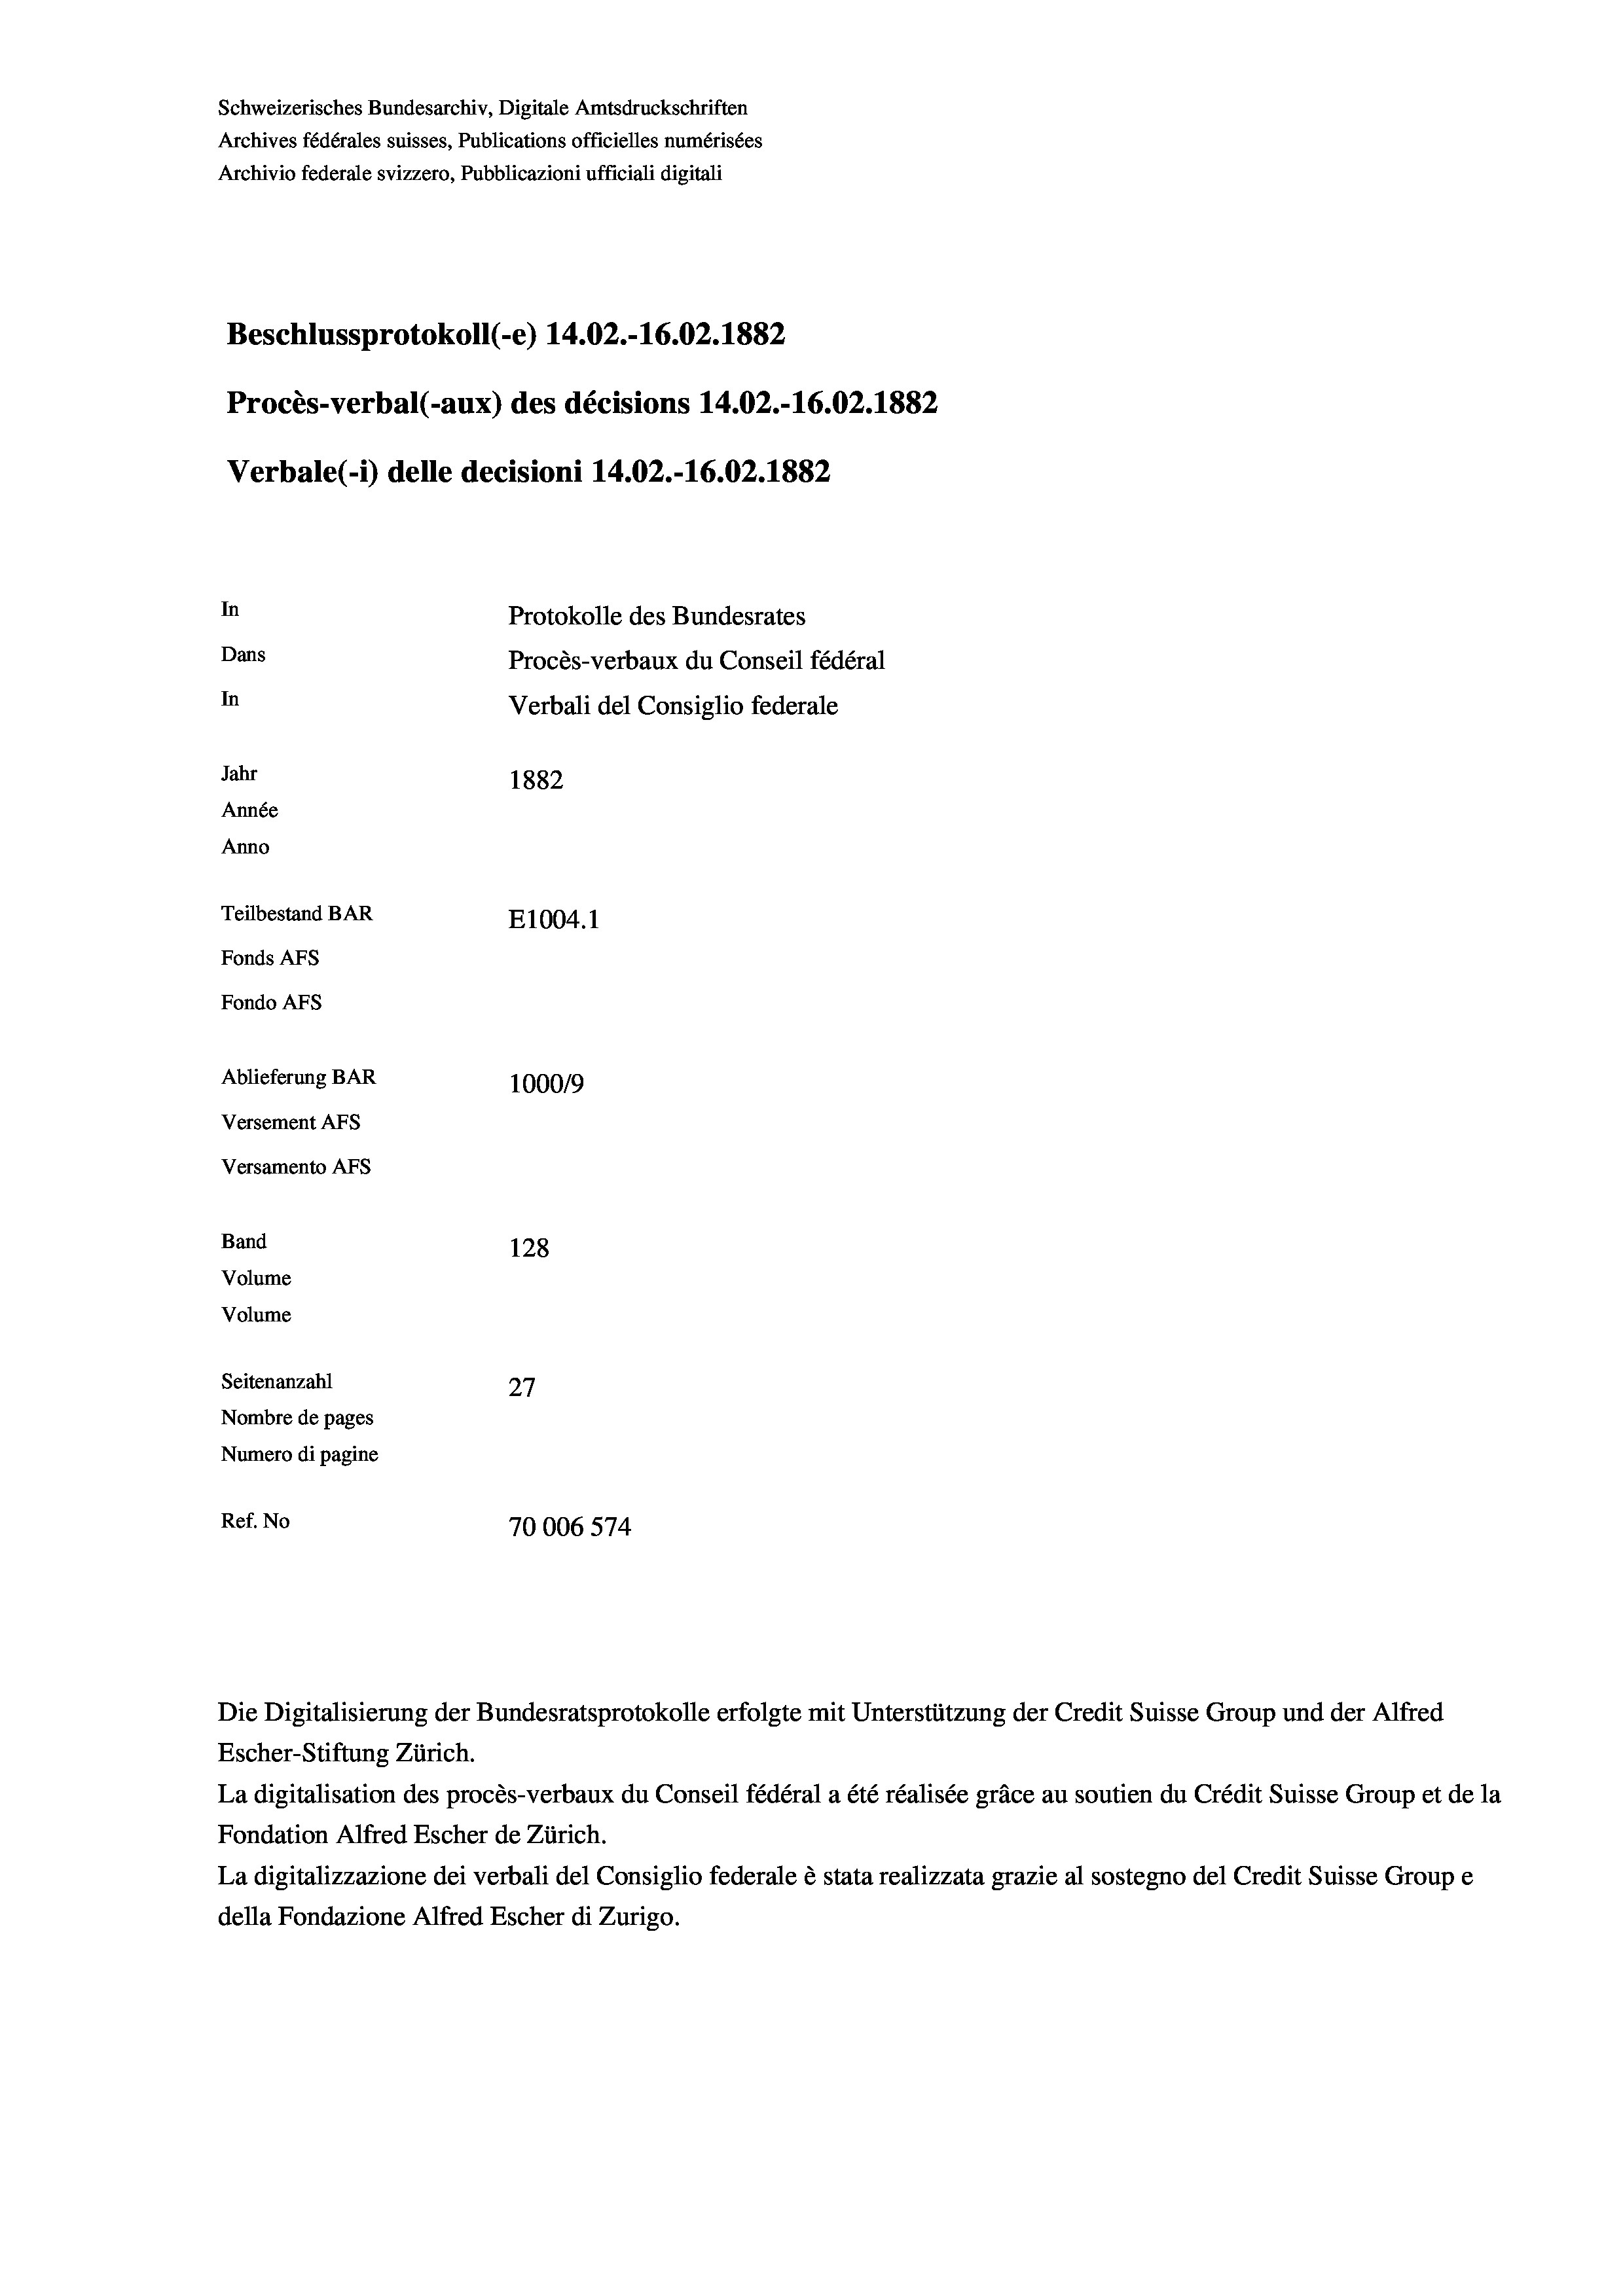
Schweizerisches Bundesarchiv, Digitale Amtsdruckschriften
Archives fédérales suisses, Publications officielles numérisées
Archivio federale svizzero, Pubblicazioni ufficiali digitali
Beschlussprotokoll (e) 14.02.-16.02. 1882
Procès-verbal (-aux) des décisions 14.02.-16.02.1882
Verbale (- 1) delle decisioni 14.02.-16.02. 1882
In
Protokolle des Bundesrates
Dans
Procès-verbaux du Conseil fédéral
In
Verbali del Consiglio federale
Jahr
1882
Année
Anno
Teilbestand BAR
E1004. 1
Fonds AFs
Fondo Afs
Ablieferung BAR
100019
Versement AFs
Versamento Afs
Band
128
Volume
Volume
Seitenanzahl
27
Nombre de pages
Numero di pagine
Ref. No
70006574

Escher-Stiftung Zürich.
La digitalisation des procès-verbaux du Conseil fédéral a été réalisée gräce au soutien du Crédit Suisse Group et de la
Fondation Alfred Escher de Zürich.
La digitalizzazione dei verbali del Consiglio federale è stata realizzata grazie al sostegno del Credit Suisse Groupe
della Fondazione Alfred Escher di Zurigo.

Die Digitalisierung der Bundesratsprotokolle erfolgte mit Unterstützung der Credit Suisse Group und der Alfred